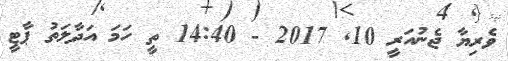
ވެރިޔާ ޖެނުއަރީ 10